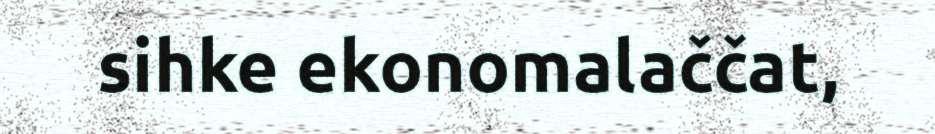
sihke ekonomalaččat,